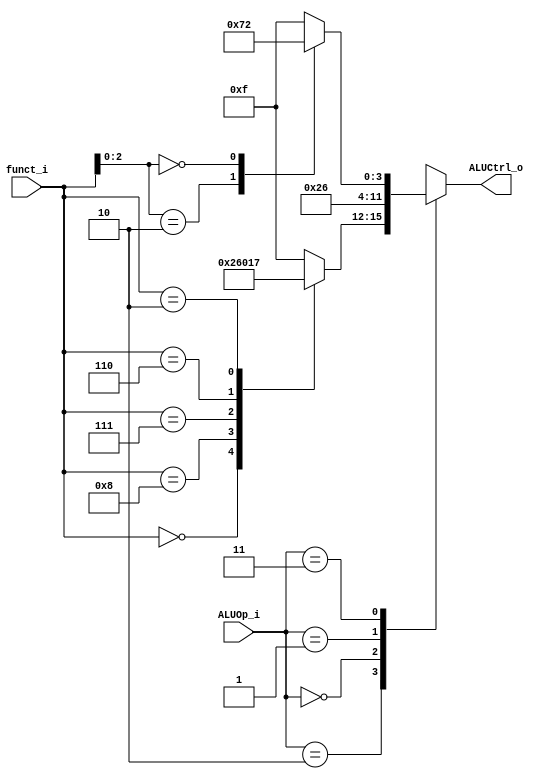
module ALU_Ctrl(
          funct_i,
          ALUOp_i,
          ALUCtrl_o
          );
          
//I/O ports 
input      [4-1:0] funct_i; // Q: funct_iALUOp_i??
input      [2-1:0] ALUOp_i;

output     [4-1:0] ALUCtrl_o;   // equal to output reg[4-1:0] ALUCtrl_o
     
//Internal Signals
reg        [4-1:0] ALUCtrl_o; // Q: ??

//Parameter


//Select exact operation, please finish the following code
always@(funct_i or ALUOp_i) 
begin
    case(ALUOp_i)
        2'b10: // R-type
            begin
                case(funct_i) // ch4 page 40
                    4'b0000: ALUCtrl_o = 4'b0010; // add
                    4'b1000: ALUCtrl_o = 4'b0110; // sub
                    4'b0111: ALUCtrl_o = 4'b0000; // and
                    4'b0110: ALUCtrl_o = 4'b0001; // or
                    4'b0010: ALUCtrl_o = 4'b0111; // slt
                    default: ALUCtrl_o = 4'b1111;
                endcase
            end
        2'b00: // ld, sd
            ALUCtrl_o = 4'b0010;
        2'b01: // beq
            ALUCtrl_o = 4'b0110;
        2'b11: // I-type
            begin
                case(funct_i[3-1:0])
                    3'b010: ALUCtrl_o = 4'b0111; // slti
                    3'b000: ALUCtrl_o = 4'b0010; // addi
                    default ALUCtrl_o = 4'b1111;
                endcase
            end
		default: ALUCtrl_o = 4'b1111; // must be write
    endcase
end
endmodule